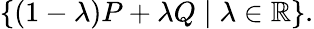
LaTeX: \{ (1-\lambda)P+\lambda Q\mid\lambda\in\mathbb{R}\} .